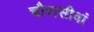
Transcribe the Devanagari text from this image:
चौरासीवां